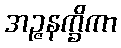
အဉ္ဇနက္ခိကာ